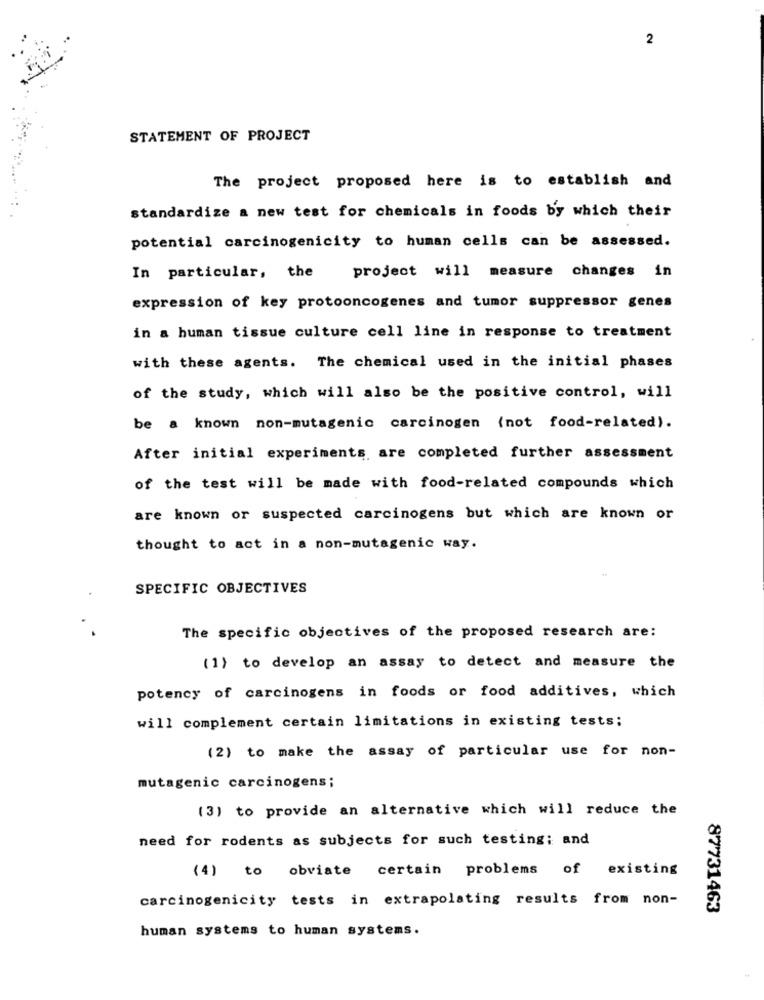
2
STATEMENT OF PROJECT
The project proposed here is to establish and
standardize a new test for chemicals in foods by which their
potential carcinogenicity to human cells can be assessed.
In particular, the
project will measure changes in
expression of key protooncogenes and tumor suppressor genes
in a human tissue culture cell line in response to treatment
with these agents. The chemical used in the initial phases
of the study, which will also be the positive control, will
be a known non-mutagenic carcinogen (not food-related).
After initial experiments are completed further assessment
of the test will be made with food-related compounds which
are known or suspected carcinogens but which are known or
thought to act in a non-mutagenic way.
SPECIFIC OBJECTIVES
The specific objectives of the proposed research are:
(1) to develop an assay to detect and measure the
potency of carcinogens in foods or food additives, which
will complement certain limitations in existing tests;
(2) to make the assay of particular use for non-
mutagenic carcinogens;
(3) to provide an alternative which will reduce the
need for rodents as subjects for such testing; and
(4) to obviate certain problems of existing
carcinogenicity tests in extrapolating results from non-
87731463
human systems to human systems.